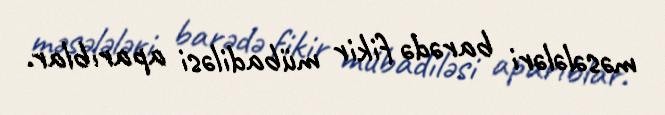
məsələləri barədə fikir mübadiləsi aparıblar.